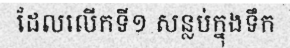
ដែលលើកទី១ សន្លប់ក្នុងទឹក